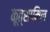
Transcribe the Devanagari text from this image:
कूत्सामिल